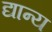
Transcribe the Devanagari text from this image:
द्यान्य